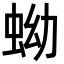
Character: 蚴